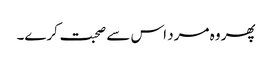
پھر وہ مرد اس سے صحبت کرے۔